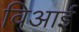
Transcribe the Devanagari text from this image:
विआई